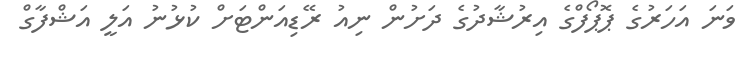
ވަނަ އަހަރުގެ ޕޮޕޯފްގެ އިރުޝާދުގެ ދަށުން ނިއު ރޭޑިއަންޓަށް ކުޅުނު އަލީ އަޝްފާގް